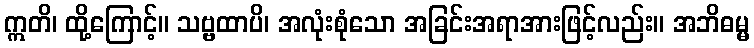
ဣတိ၊ ထို့ကြောင့်။ သဗ္ဗထာပိ၊ အလုံးစုံသော အခြင်းအရာအားဖြင့်လည်း။ အဘိဓမ္မ